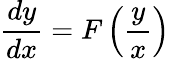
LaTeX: {\frac{dy}{dx}}=F\left({\frac{y}{x}}\right)\,